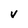
Character: V